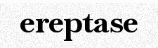
ereptase